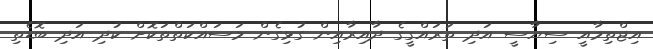
އިޖްތިމާއީ ސިޔާސީ އަދި ތަރައްގީގެ ދާއިރާއިން ގުޅިގެން މަސައްކަތްތަކޮށް ކުދި އަދި ބޮޑެތި